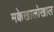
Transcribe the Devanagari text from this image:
मक्केखालोखाल